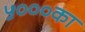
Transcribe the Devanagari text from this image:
५०००का